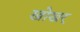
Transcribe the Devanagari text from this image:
खोखर्